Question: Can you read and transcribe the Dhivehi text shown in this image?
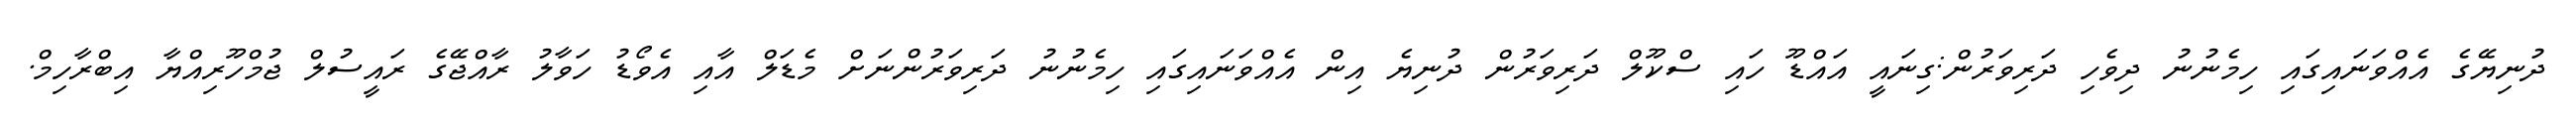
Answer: ދުނިޔޭގެ އެއްވަނައިގައި ހިމެނުނު ދިވެހި ދަރިވަރުން:ގިނައީ އައްޑޫ ހައި ސްކޫލް ދަރިވަރުން ދުނިޔެ އިން އެއްވަނައިގައި ހިމެނުނު ދަރިވަރުންނަށް މެޑަލް އާއި އެވޯޑު ހަވާލު ރާއްޖޭގެ ރައީސުލް ޖުމްހޫރިއްޔާ އިބްރާހިމް.